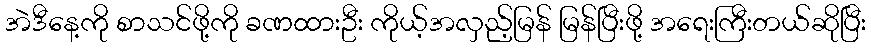
အဲဒီနေ့ကို စာသင်ဖို့ကို ခဏထားဦး ကိုယ့်အလှည့်မြန် မြန်ပြီးဖို့ အရေးကြီးတယ်ဆိုပြီး